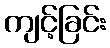
ကျင့်ခြင်း